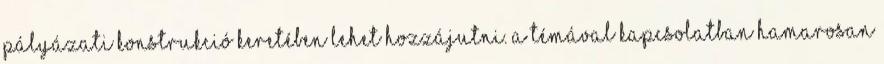
pályázati konstrukció keretében lehet hozzájutni. A témával kapcsolatban hamarosan